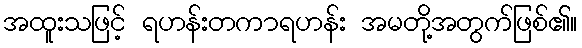
အထူးသဖြင့် ရဟန်းတကာရဟန်း အမတို့အတွက်ဖြစ်၏။